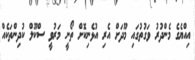
އިއްޔެގެ މެންދުރު ވަގުތުގައި މޫދަށް އެރި އުޅެނިކޮށް ތޯނީ މަރުވީ ސްކޫލް ކުދިންތަކެއް